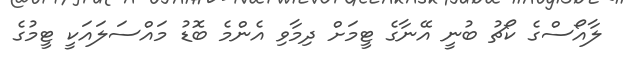
ލާއޯސްގެ ކޯޗު ބުނީ އޭނާގެ ޓީމަށް ދިމާވި އެންމެ ބޮޑު މައްސަލައަކީ ޓީމުގެ